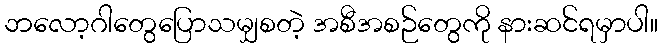
ဘလော့ဂါတွေပြောသမျှစတဲ့ အစီအစဉ်တွေကို နားဆင်ရမှာပါ။